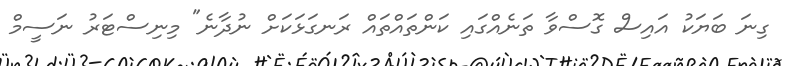
ގިނަ ބަޔަކު އައިސް ގޮސްވާ ތަނެއްގައި ކަންތައްތައް ރަނގަޅަކަށް ނުދާނެ" މިނިސްޓަރު ނަސީމް